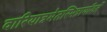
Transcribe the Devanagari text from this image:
वारियात्रमेतस्मिन्नार्यावर्तें